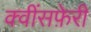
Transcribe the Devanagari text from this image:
क्वींसफ़ेरी